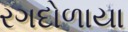
રગદોળાયા